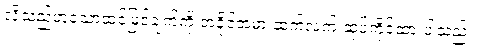
လိုသည်ဟူသောထင်မြင်ချက်ကို အခိုင်အမာ ဆက်လက် ဆုပ်ကိုင်ထားပါသည်။